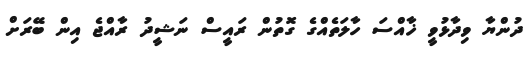
ދުންޔާ ވިދާޅުވީ ޚާއްސަ ހާލަތެއްގެ ގޮތުން ރައީސް ނަޝީދު ރާއްޖެ އިން ބޭރަށް